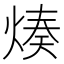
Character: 𤋷